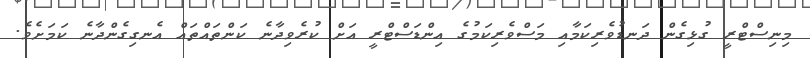
މިނިސްޓްރީ ގުޅިގެން ދަނޑުވެރިކަމާއި މަސްވެރިކަމުގެ އިންޑަސްޓްރީ އަށް ކުރެވިދާނެ ކަންތައްތައް އެނގިގެންދާނެ ކަމަށެވެ.